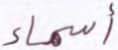
أسماء